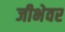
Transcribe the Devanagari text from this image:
जीभेवर